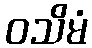
ဝသိမံ